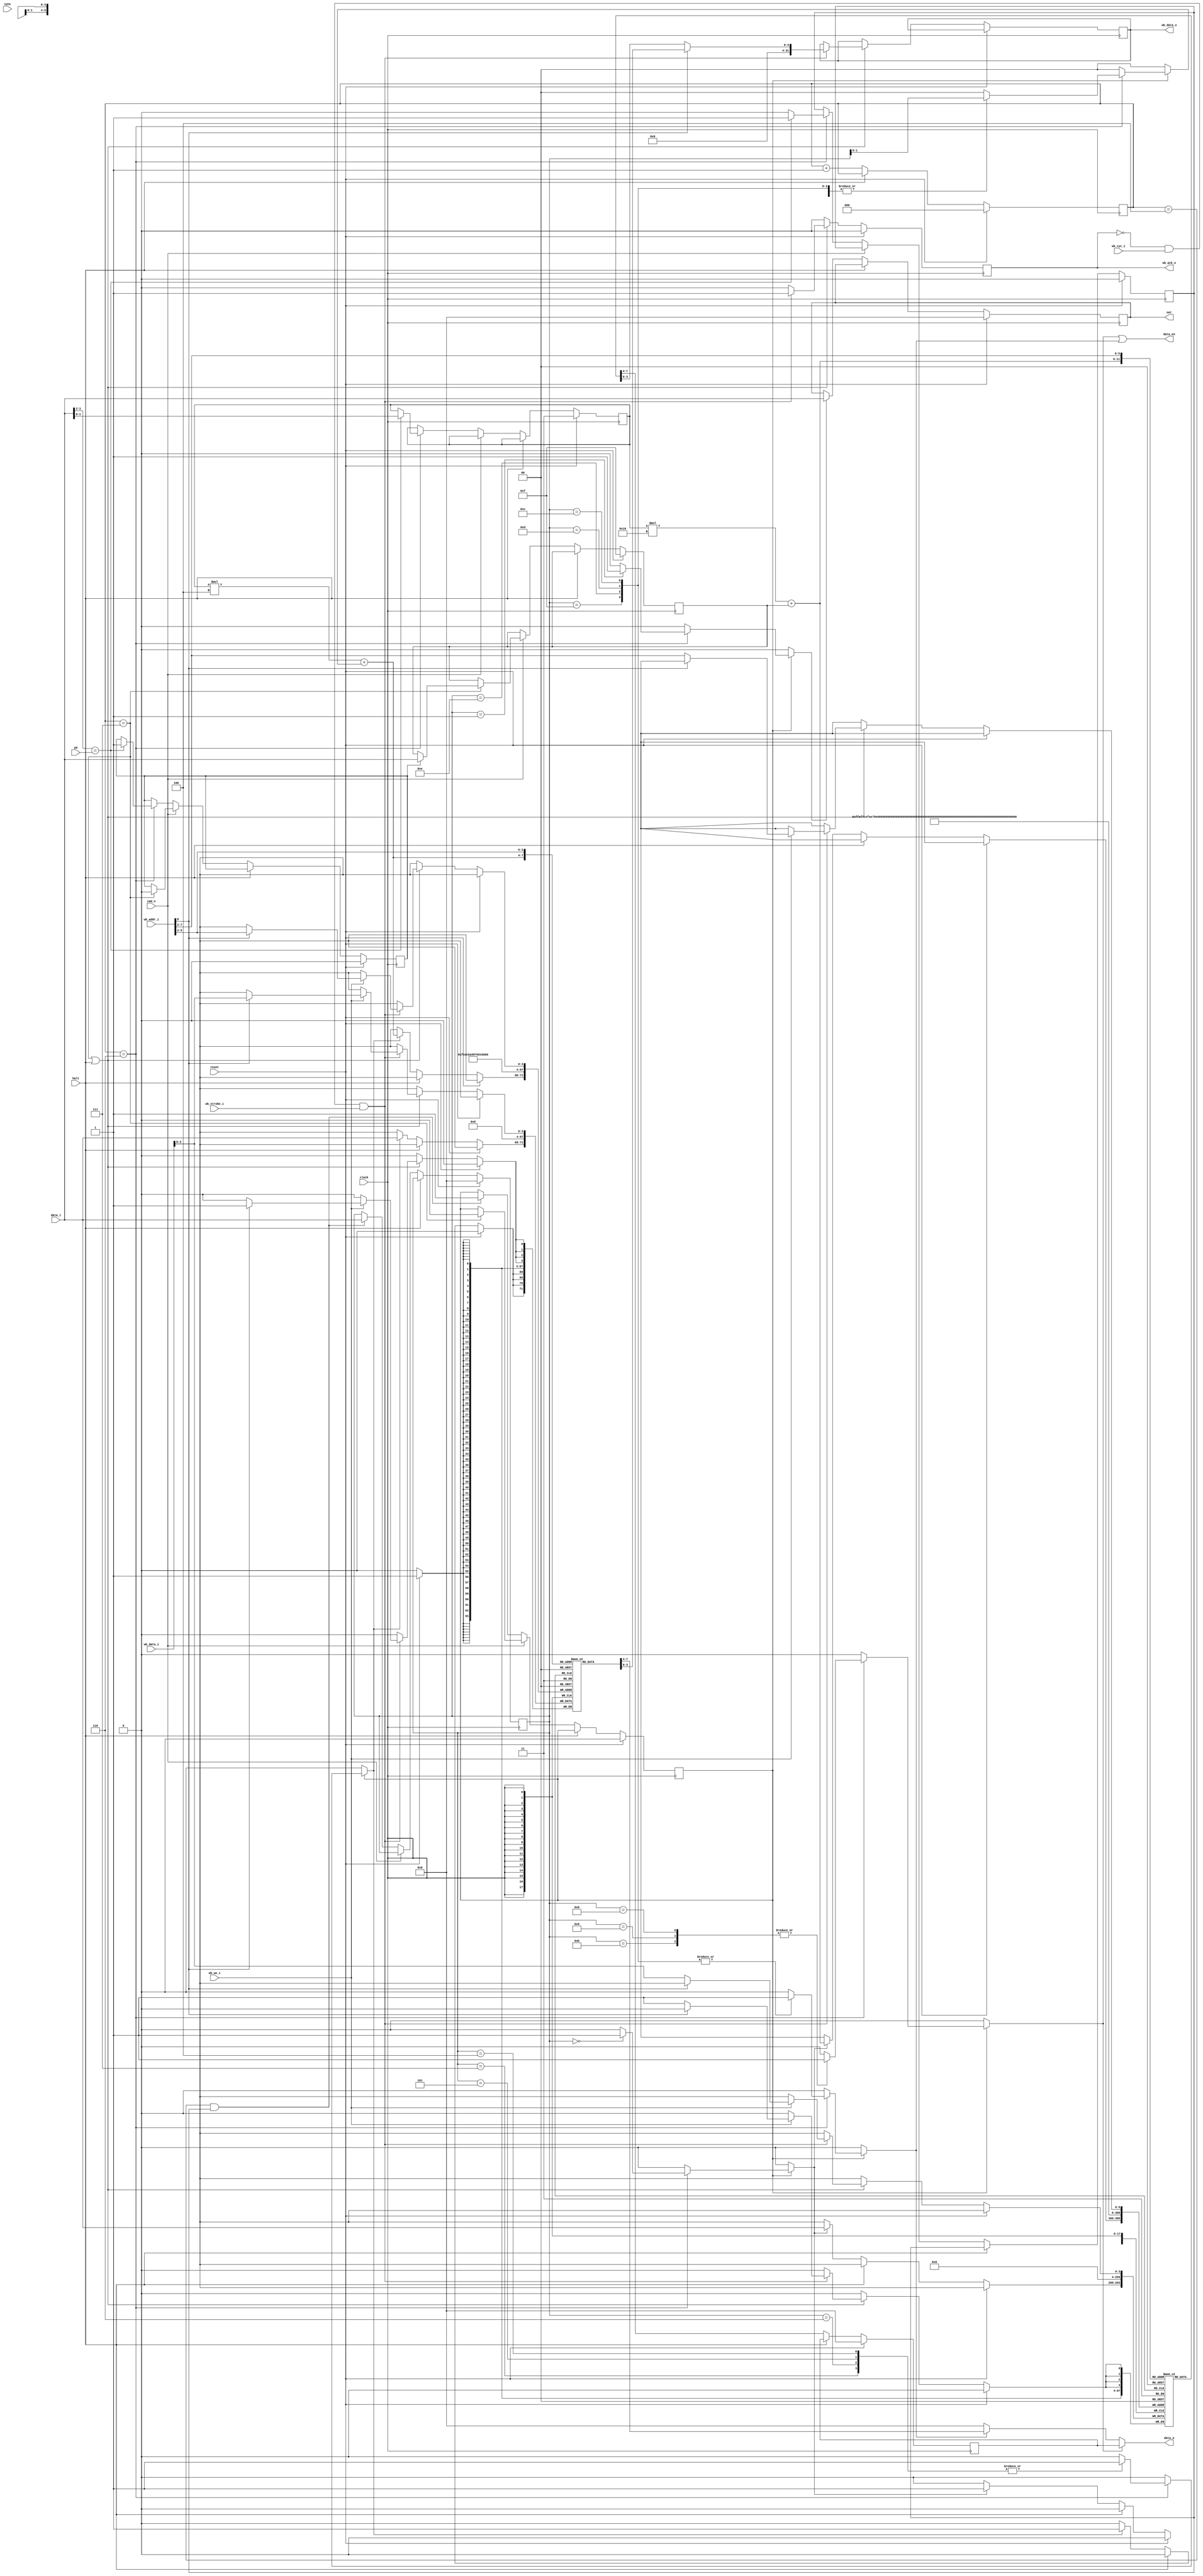
`default_nettype none

module test_ram(
    input clock,
    input reset,
    input halt,
    input [3:0] data_i,
    output [3:0] data_o,
    output data_en,
    input sync,
    input cmd_n,
    input p0,
    output reg [3:0] out,

    // wishbone backdoor
    input [31:0] wb_data_i,
    input [31:0] wb_addr_i,
    input wb_cyc_i,
    input wb_strobe_i,
    input wb_we_i,
    output reg [31:0] wb_data_o,
    output reg wb_ack_o
);

parameter CHIP_ID = 0;

wire cmd;
assign cmd = !cmd_n;

reg [2:0] cycle;
always @(posedge clock) begin
    if (reset) begin
        cycle <= 3'b0;
    end
    else if (!halt) begin
        cycle <= cycle + 1;
    end
end

reg [1:0] reg_addr;
reg [3:0] char_addr;
reg selected;
reg src_active;

reg [3:0] inst;
reg inst_active;

always @(posedge clock) begin
    if (reset) begin
        reg_addr <= 2'h3;
        char_addr <= 4'hf;
        selected <= 0;
        inst <= 0;
        src_active <= 0;
        inst_active <= 0;
    end else if (!halt) begin
        if (cmd) begin
            if (cycle == 3'h6) begin
                // SRC
                if (data_i[3:2] == {CHIP_ID[0], p0}) begin
                    selected <= 1;
                    reg_addr <= data_i[1:0];
                    src_active <= 1;
                end else begin
                    selected <= 0;
                end
            end
            if ((cycle == 3'h4) && selected) begin
                inst <= data_i;
                inst_active <= 1;
            end
        end else if (cycle == 3'h7) begin
            if (src_active) begin
                // SRC
                char_addr <= data_i;
                src_active <= 0;
            end
            inst_active <= 0;
        end
    end
end

reg write_ram;
reg ram_to_data;

reg write_status;
reg [1:0] status_idx;
reg status_to_data;

reg write_output_port;

always @(*) begin
    write_ram = 0;
    ram_to_data = 0;
    write_status = 0;
    status_idx = 0;
    status_to_data = 0;
    write_output_port = 0;
    if (inst_active) begin
        if (cycle == 3'h6) begin
            case (inst)
            4'h0: begin
                write_ram = 1;
            end
            4'h1: begin
                write_output_port = 1;
            end
            4'h4, 4'h5, 4'h6, 4'h7: begin
                write_status = 1;
                status_idx = inst[1:0];
            end
            4'h8, 4'h9, 4'hb: begin
                ram_to_data = 1;
            end
            4'hc, 4'hd, 4'he, 4'hf: begin
                status_to_data = 1;
                status_idx = inst[1:0];
            end
            default: begin
            end
            endcase
        end
    end
end

reg [3:0] memory [63:0];
reg [3:0] status [15:0];

integer i;

always @(posedge clock) begin
    if (reset) begin
        `ifndef NO_RAM_RESET
        for (i = 0; i < 64; i++) begin
            memory[i] <= 0;
        end
        `endif
    end else if (!halt) begin
        if (write_ram) begin
            memory[reg_addr * 16 + char_addr] <= data_i;
        end
    end
end

always @(posedge clock) begin
    if (reset) begin
        for (i = 0; i < 16; i++) begin
            status[i] <= 0;
        end
    end else if (!halt) begin
        if (write_status) begin
            status[reg_addr * 4 + status_idx] <= data_i;
        end
    end
end

always @(posedge clock) begin
    if (reset) begin
        out <= 0;
    end else if (!halt) begin
        if (write_output_port) begin
            out <= data_i;
        end
    end
end

reg [3:0] memory_o;

always @(posedge clock) begin
    if (reset) begin
        memory_o <= 0;
    end else if (!halt) begin
        memory_o <= memory[reg_addr * 16 + char_addr];
    end
end

wire [3:0] data_val;
assign data_o = data_val;
assign data_val = ram_to_data ? memory_o
                : status_to_data ? status[reg_addr * 4 + status_idx]
                : 4'h0;
assign data_en = ram_to_data | status_to_data;

// wishbone backdoor
// TODO: enable reading from output port register
always @(posedge clock) begin
    if (reset) begin
        wb_ack_o <= 0;
    end else begin
        wb_ack_o <= 0;
        if ((cycle == 3'h7) || halt) begin
            if (!wb_ack_o && wb_cyc_i && wb_strobe_i) begin
                // TODO: use full 32b word to read/write multiple 4b values
                wb_data_o <= {28'h0, wb_addr_i[8] ? status[wb_addr_i[5:2]] : memory[wb_addr_i[7:2]]};
                if (wb_we_i) begin
                    if (wb_addr_i[8] == 0) begin
                        memory[wb_addr_i[7:2]] <= wb_data_i[3:0];
                    end
                    else begin
                        status[wb_addr_i[5:2]] <= wb_data_i[3:0];
                    end
                end
                wb_ack_o <= 1;
            end
        end
    end
end

`ifdef COCOTB_SIM
`ifdef COCOTB_SIM_RAM_TOP
initial begin
    $dumpfile("ram.vcd");
    $dumpvars;
    for (i = 0; i < 64; i++) begin
        $dumpvars(0, memory[i]);
    end
    for (i = 0; i < 16; i++) begin
        $dumpvars(0, status[i]);
    end
    #1;
end
`endif
`endif

endmodule